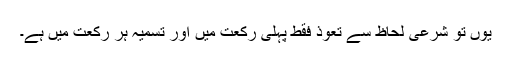
یوں تو شرعی لحاظ سے تعوذ فقط پہلی رکعت میں اور تسمیہ ہر رکعت میں ہے۔